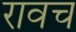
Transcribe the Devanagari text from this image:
रावच